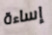
إساءة